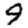
Digit: 9